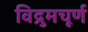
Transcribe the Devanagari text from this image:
विद्रुमचूर्ण